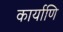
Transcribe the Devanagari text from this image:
कार्याणि